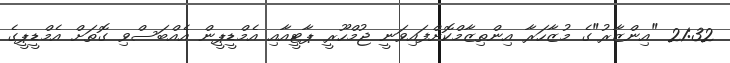
21:32 "އިންޒާރު"ގެ މުޒާހަރާ އިންތިޒާމްކޮށްފައިވަނީ ޖުމްހޫރީ ޕާޓީއާއި އެމްޑީޕީން އެއްބަސްވި ގޮތަށް އެމްޑީޕީގެ